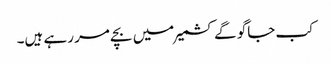
کب جاگو گے کشمیر میں بچے مر رہے ہیں۔